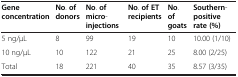
| Gene concentration | No. of donors | No. of micro-injections | No. of ET recipients | No. of goats | Southern-positive rate(%) |
 | --- | --- | --- | --- | --- | --- |
 | 5 ng/μL | 8 | 99 | 19 | 10 | 10.00 (1/10) |
 | 10 ng/μL | 10 | 122 | 21 | 25 | 8.00 (2/25) |
 | Total | 18 | 221 | 40 | 35 | 8.57 (3/35) |